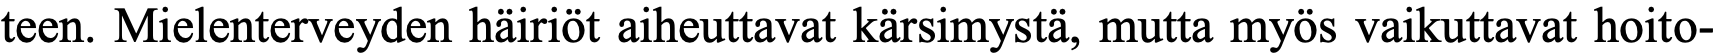
teen. Mielenterveyden häiriöt aiheuttavat kärsimystä, mutta myös vaikuttavat hoito-